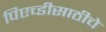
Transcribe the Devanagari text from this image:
पिएच्डीसाठीचे